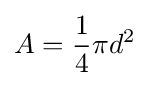
A={\frac {1}{4}}\pi d^{2}